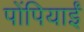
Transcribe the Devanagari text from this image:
पोंपियाईं